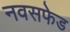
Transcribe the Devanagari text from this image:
नवसफेड